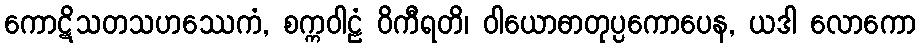
ကောဋိသတသဟဿေကံ, စက္ကဝါဠံ ဝိကီရတိ၊ ဝါယောဓာတုပ္ပကောပေန, ယဒါ လောကော